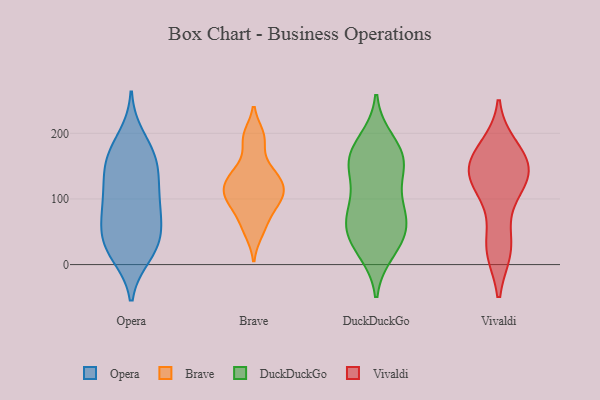
{"axis": {"x": "Tickets Resolved", "y": "Value"}, "legend": ["Brave", "DuckDuckGo", "Opera", "Vivaldi"], "data": [{"x": "", "y": 25, "type": "Opera"}, {"x": "", "y": 158, "type": "Opera"}, {"x": "", "y": 121, "type": "Opera"}, {"x": "", "y": 74, "type": "Opera"}, {"x": "", "y": 195, "type": "Opera"}, {"x": "", "y": 81, "type": "Opera"}, {"x": "", "y": 14, "type": "Opera"}, {"x": "", "y": 14, "type": "Opera"}, {"x": "", "y": 36, "type": "Opera"}, {"x": "", "y": 47, "type": "Opera"}, {"x": "", "y": 108, "type": "Opera"}, {"x": "", "y": 177, "type": "Opera"}, {"x": "", "y": 91, "type": "Opera"}, {"x": "", "y": 152, "type": "Opera"}, {"x": "", "y": 149, "type": "Opera"}, {"x": "", "y": 38, "type": "Opera"}, {"x": "", "y": 62, "type": "Opera"}, {"x": "", "y": 162, "type": "Opera"}, {"x": "", "y": 112, "type": "Opera"}, {"x": "", "y": 132, "type": "Brave"}, {"x": "", "y": 90, "type": "Brave"}, {"x": "", "y": 148, "type": "Brave"}, {"x": "", "y": 191, "type": "Brave"}, {"x": "", "y": 100, "type": "Brave"}, {"x": "", "y": 134, "type": "Brave"}, {"x": "", "y": 117, "type": "Brave"}, {"x": "", "y": 114, "type": "Brave"}, {"x": "", "y": 49, "type": "Brave"}, {"x": "", "y": 67, "type": "Brave"}, {"x": "", "y": 102, "type": "Brave"}, {"x": "", "y": 196, "type": "Brave"}, {"x": "", "y": 88, "type": "DuckDuckGo"}, {"x": "", "y": 187, "type": "DuckDuckGo"}, {"x": "", "y": 22, "type": "DuckDuckGo"}, {"x": "", "y": 83, "type": "DuckDuckGo"}, {"x": "", "y": 89, "type": "DuckDuckGo"}, {"x": "", "y": 146, "type": "DuckDuckGo"}, {"x": "", "y": 171, "type": "DuckDuckGo"}, {"x": "", "y": 49, "type": "DuckDuckGo"}, {"x": "", "y": 49, "type": "DuckDuckGo"}, {"x": "", "y": 161, "type": "DuckDuckGo"}, {"x": "", "y": 31, "type": "DuckDuckGo"}, {"x": "", "y": 58, "type": "DuckDuckGo"}, {"x": "", "y": 152, "type": "DuckDuckGo"}, {"x": "", "y": 154, "type": "DuckDuckGo"}, {"x": "", "y": 24, "type": "Vivaldi"}, {"x": "", "y": 130, "type": "Vivaldi"}, {"x": "", "y": 121, "type": "Vivaldi"}, {"x": "", "y": 146, "type": "Vivaldi"}, {"x": "", "y": 27, "type": "Vivaldi"}, {"x": "", "y": 141, "type": "Vivaldi"}, {"x": "", "y": 103, "type": "Vivaldi"}, {"x": "", "y": 151, "type": "Vivaldi"}, {"x": "", "y": 177, "type": "Vivaldi"}, {"x": "", "y": 151, "type": "Vivaldi"}, {"x": "", "y": 170, "type": "Vivaldi"}, {"x": "", "y": 25, "type": "Vivaldi"}]}